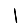
Digit: 1